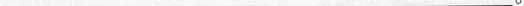
___。